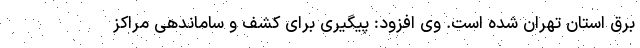
برق استان تهران شده است. وی افزود: پیگیری برای کشف و ساماندهی مراکز